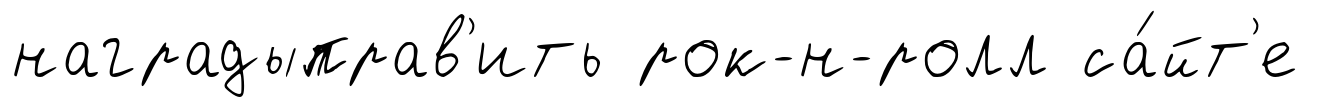
наградыправ'ить рок-н-ролл са́йт'е